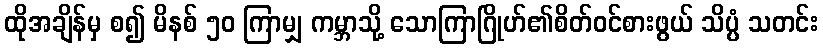
ထိုအချိန်မှ စ၍ မိနစ် ၅၀ ကြာမျှ ကမ္ဘာသို့ သောကြာဂြိုဟ်၏စိတ်ဝင်စားဖွယ် သိပ္ပံ သတင်း